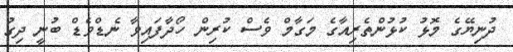
ދުނިޔޭގެ މޮޅު ކުޅުންތެރިއާގެ މަގާމް ވެސް ކުރިން ހޯދާފައިވާ ނެޑްވެޑް ބުނީ ދިގު